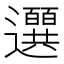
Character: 𫑖